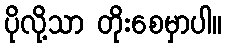
ပိုလို့သာ တိုးစေမှာပါ။